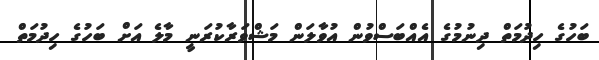
ބަހުގެ ހިދުމަތް ދިނުމުގެ އެއްބަސްވުން އުވާލަން މަޝްވަރާކުރަނީ މާލެ އަށް ބަހުގެ ހިދުމަތް